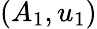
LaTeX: (A_{1},u_{1})